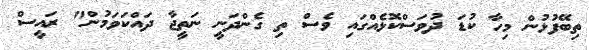
ތިބޭފުޅުން މިހާ ކުޑަ ދުވަސްކޮޅެއްގައި ވެސް ތި ގެންދަނީ ނަތީޖާ ދައްކަވަމުން" ރައީސް